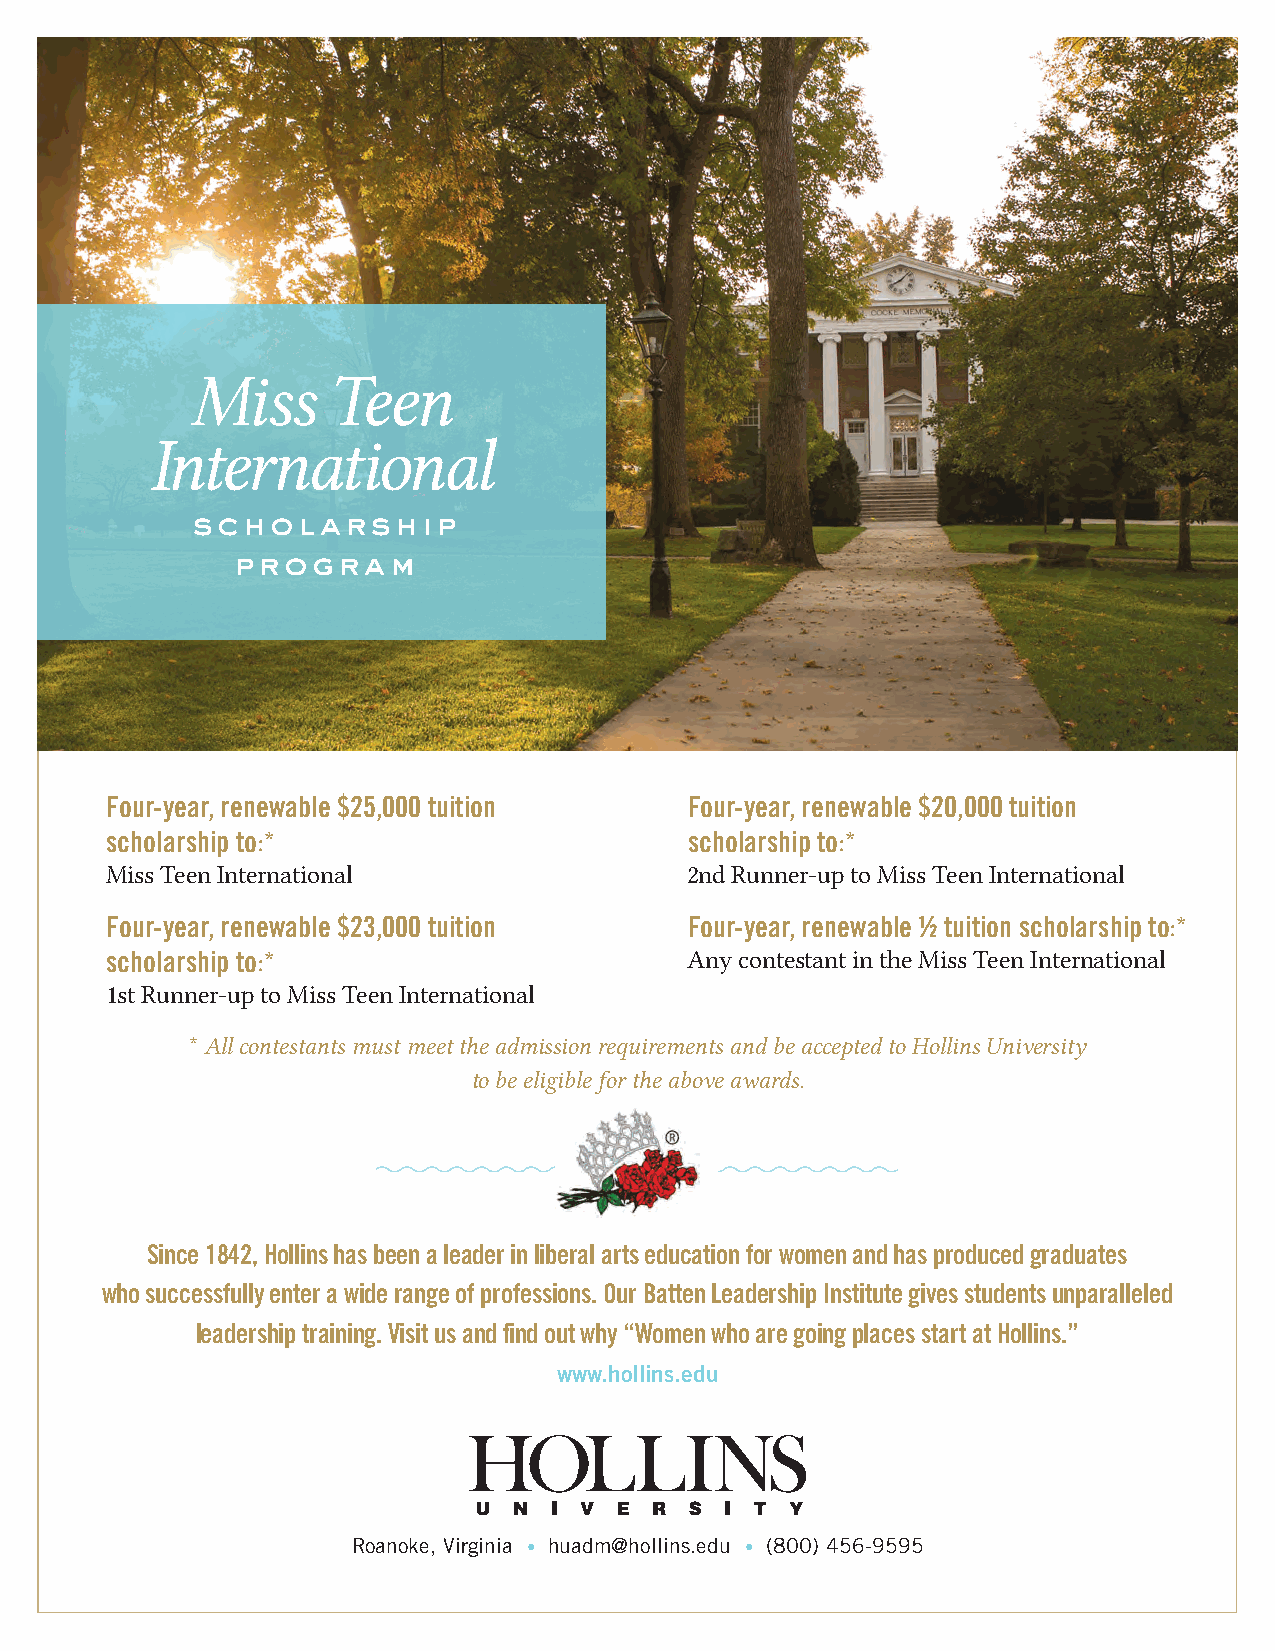
Miss     Teen
 International
 scholarship
 program
 Four-year, renewable $25,000 tuition   Four-year, renewable $20,000 tuition
 scholarship to:*                       scholarship to:*
 Miss Teen International                2nd Runner-up to Miss Teen International
 Four-year, renewable $23,000 tuition   Four-year, renewable ½ tuition scholarship to:*
 scholarship to:*                       Any contestant in the Miss Teen International
 1st Runner-up to Miss Teen International
 * All contestants must meet the admission requirements and be accepted to Hollins University
 to be eligible for the above awards.
 Since 1842, Hollins has been a leader in liberal arts education for women and has produced graduates
 who successfully enter a wide range of professions. Our Batten Leadership Institute gives students unparalleled
 leadership training. Visit us and find out why “Women who are going places start at Hollins.”
 www.hollins.edu
 Roanoke, Virginia • huadm@hollins.edu • (800) 456-9595